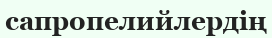
сапропелийлердің